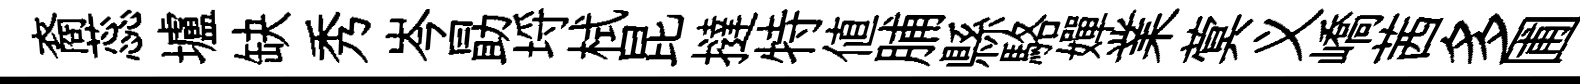
裔蕊壚缺秀岑勗埓栻昆撻特值脯縣駱嬋業蓂义嶠茜多圃米